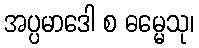
အပ္ပမာဒေါ စ ဓမ္မေသု၊